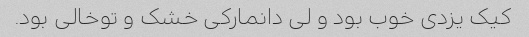
کیک یزدی خوب بود و لی دانمارکی خشک و توخالی بود.